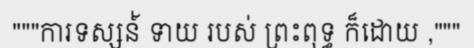
"""ការទស្សន៍់ ទាយ របស់ ព្រះពុទ្ធ ក៏ដោយ ,"""